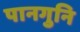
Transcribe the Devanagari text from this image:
पानगुनि